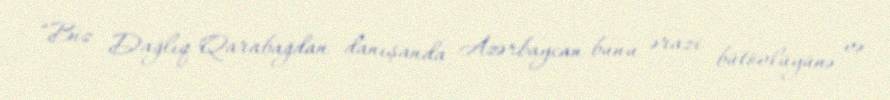
“Biz Dağlıq Qarabağdan danışanda Azərbaycan bunu ərazi bütövlüyünə və